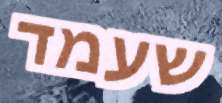
שעמד